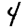
Digit: 4